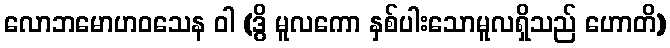
လောဘမောဟဝသေန ဝါ (ဒွိ မူလကော နှစ်ပါးသောမူလရှိသည် ဟောတိ)